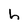
Character: h